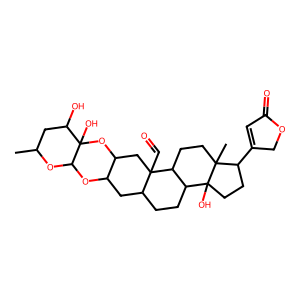
SMILES: CC1CC(O)C2(O)OC3CC4(C=O)C(CCC5C4CCC4(C)C(C6=CC(=O)OC6)CCC54O)CC3OC2O1
Inhibits HIV replication: No